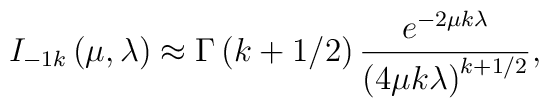
I_{-1k}\left( \mu ,\lambda \right) \approx \Gamma \left( k+1/2\right) \frac{e^{-2\mu k\lambda }}{\left( 4\mu k\lambda \right) ^{k+1/2}},